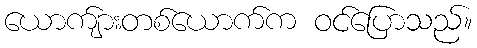
ယောက်ျားတစ်ယောက်က ဝင်ပြောသည်။